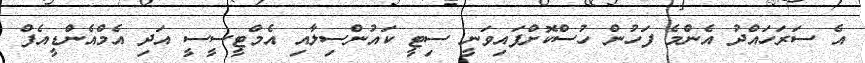
އެ ސަރަހައްދު އެންމެ ފަހުން ހުސްކޮށްފައިވަނީ ސިޓީ ކައުންސިލާއި އެމްޓީސީސީ އަދި އެމްއެންޑީއެފް